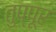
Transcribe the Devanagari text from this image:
तुप्पूर